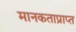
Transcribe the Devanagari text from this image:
मानकताप्राप्त